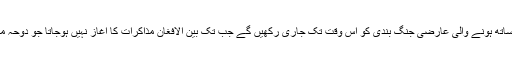
گزشتہ روز افغان صدر اشرف غنی نے کہا تھا کہ وہ طالبان کے ساتھ ہونے والی عارضی جنگ بندی کو اس وقت تک جاری رکھیں گے جب تک بین الافغان مذاکرات کا آغاز نہیں ہوجاتا جو دوحہ معاہدے کی رو سے 10 مارچ تک ممکنہ طور پر شروع ہونا ہے۔